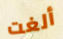
ألغت